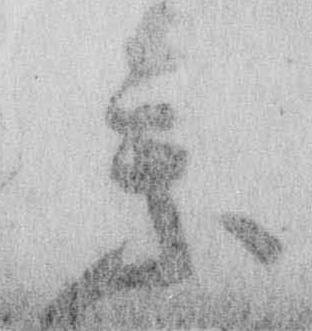
参